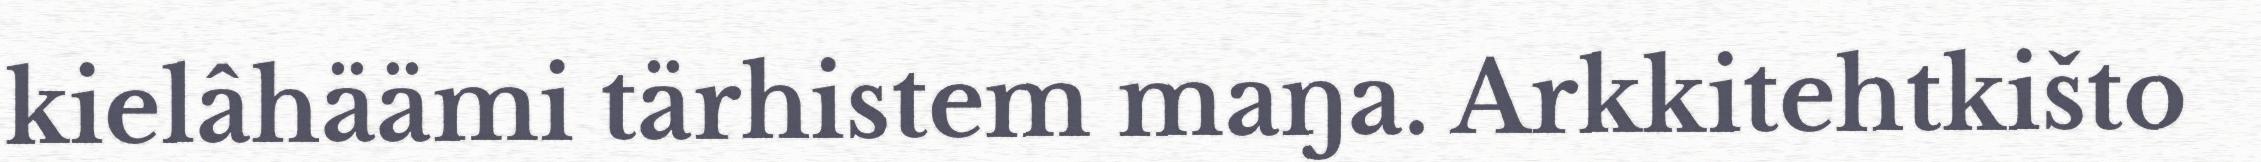
kielâhäämi tärhistem maŋa. Arkkitehtkišto